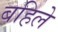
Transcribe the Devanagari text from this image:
बहिले